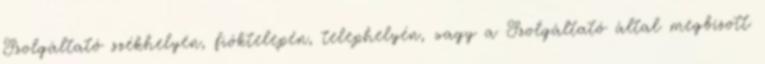
Szolgáltató székhelyén, fióktelepén, telephelyén, vagy a Szolgáltató által megbízott